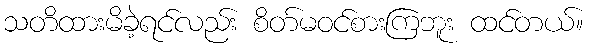
သတိထားမိခဲ့ရင်လည်း စိတ်မဝင်စားကြဘူး ထင်တယ်။